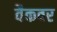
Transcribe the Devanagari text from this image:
वैकवर